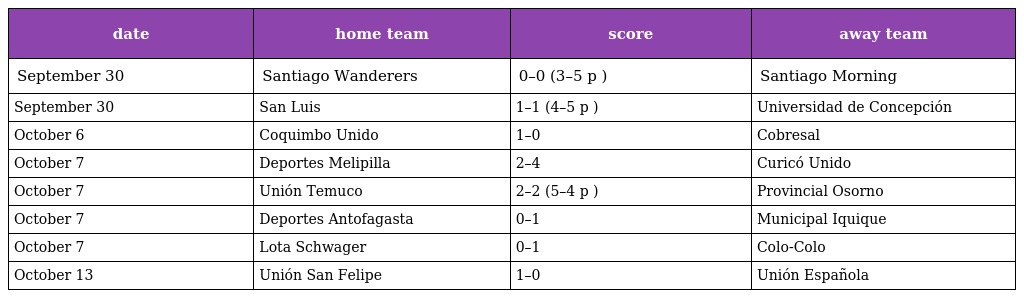
| date | home team | score | away team |
 | --- | --- | --- | --- |
 | September 30 | Santiago Wanderers | 0–0 (3–5 p ) | Santiago Morning |
 | September 30 | San Luis | 1–1 (4–5 p ) | Universidad de Concepción |
 | October 6 | Coquimbo Unido | 1–0 | Cobresal |
 | October 7 | Deportes Melipilla | 2–4 | Curicó Unido |
 | October 7 | Unión Temuco | 2–2 (5–4 p ) | Provincial Osorno |
 | October 7 | Deportes Antofagasta | 0–1 | Municipal Iquique |
 | October 7 | Lota Schwager | 0–1 | Colo-Colo |
 | October 13 | Unión San Felipe | 1–0 | Unión Española |